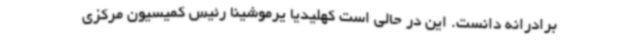
برادرانه دانست. این در حالی است کهلیدیا یرموشینا رئیس کمیسیون مرکزی